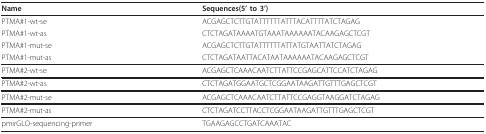
<table><thead><tr><td><b>Name</b></td><td><b>Sequences(5&#x27; to 3&#x27;)</b></td></tr></thead><tbody><tr><td>PTMA#1-wt-se</td><td>ACGAGCTCTTGTATTTTTTATTTACATTTTATCTAGAG</td></tr><tr><td>PTMA#1-wt-as</td><td>CTCTAGATAAAATGTAAATAAAAAATACAAGAGCTCGT</td></tr><tr><td>PTMA#1-mut-se</td><td>ACGAGCTCTTGTATTTTTTATTATGTAATTATCTAGAG</td></tr><tr><td>PTMA#1-mut-as</td><td>CTCTAGATAATTACATAATAAAAAATACAAGAGCTCGT</td></tr><tr><td>PTMA#2-wt-se</td><td>ACGAGCTCAAACAATCTTATTCCGAGCATTCCATCTAGAG</td></tr><tr><td>PTMA#2-wt-as</td><td>CTCTAGATGGAATGCTCGGAATAAGATTGTTTGAGCTCGT</td></tr><tr><td>PTMA#2-mut-se</td><td>ACGAGCTCAAACAATCTTATTCCGAGGTAAGGATCTAGAG</td></tr><tr><td>PTMA#2-mut-as</td><td>CTCTAGATCCTTACCTCGGAATAAGATTGTTTGAGCTCGT</td></tr><tr><td>pmirGLO-sequencing-primer</td><td>TGAAGAGCCTGATCAAATAC</td></tr></tbody></table>